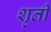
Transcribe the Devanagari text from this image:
शृती